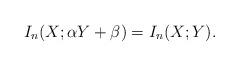
LaTeX: \begin{align*}I_n(X; \alpha Y+\beta)=I_n(X;Y).\end{align*}